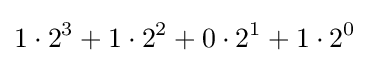
1\cdot 2^{3}+1\cdot 2^{2}+0\cdot 2^{1}+1\cdot 2^{0}